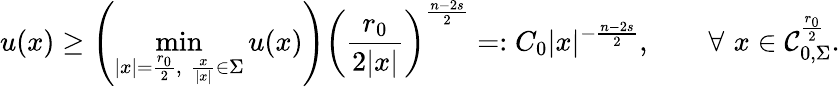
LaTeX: u(x)\geq\left(\operatorname*{min}_{|x|=\frac{r_{0}}{2},\, \, \frac{x}{|x|}\in\Sigma}u(x)\right)\left(\frac{r_{0}}{2|x|}\right)^{\frac{n-2s}{2}}=:C_{0}|x|^{-\frac{n-2s}{2}},\quad\quad\forall\, \, x\in\mathcal{C}_{0,\Sigma}^{\frac{r_{0}}{2}}.